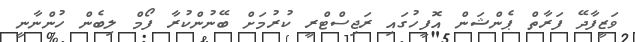
ވަޒީފާދޭ ފަރާތް ޕެންޝަން އޮފީހުގައި ރަޖިސްޓްރީ ކުރުމަށް ބޭނުންކުރާ ފޯމް ލިބެން ހުންނާނީ